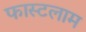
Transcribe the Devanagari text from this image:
फास्टलाम